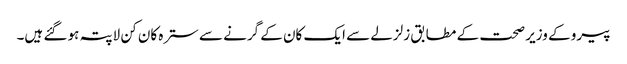
پیرو کے وزیر صحت کے مطابق زلزلے سے ایک کان کے گرنے سے سترہ کان کن لاپتہ ہو گئے ہیں۔